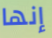
إنها